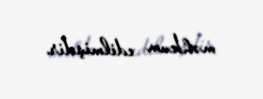
məhkum edilmişdir.